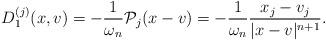
LaTeX: \begin{align*}D_{1}^{(j)}(x,v)=-\frac{1}{\omega_{n}}\mathcal{P}_{j}(x-v)=-\frac{1}{\omega_{n}}\frac{x_{j}-v_{j}}{|x-v|^{n+1}}.\end{align*}